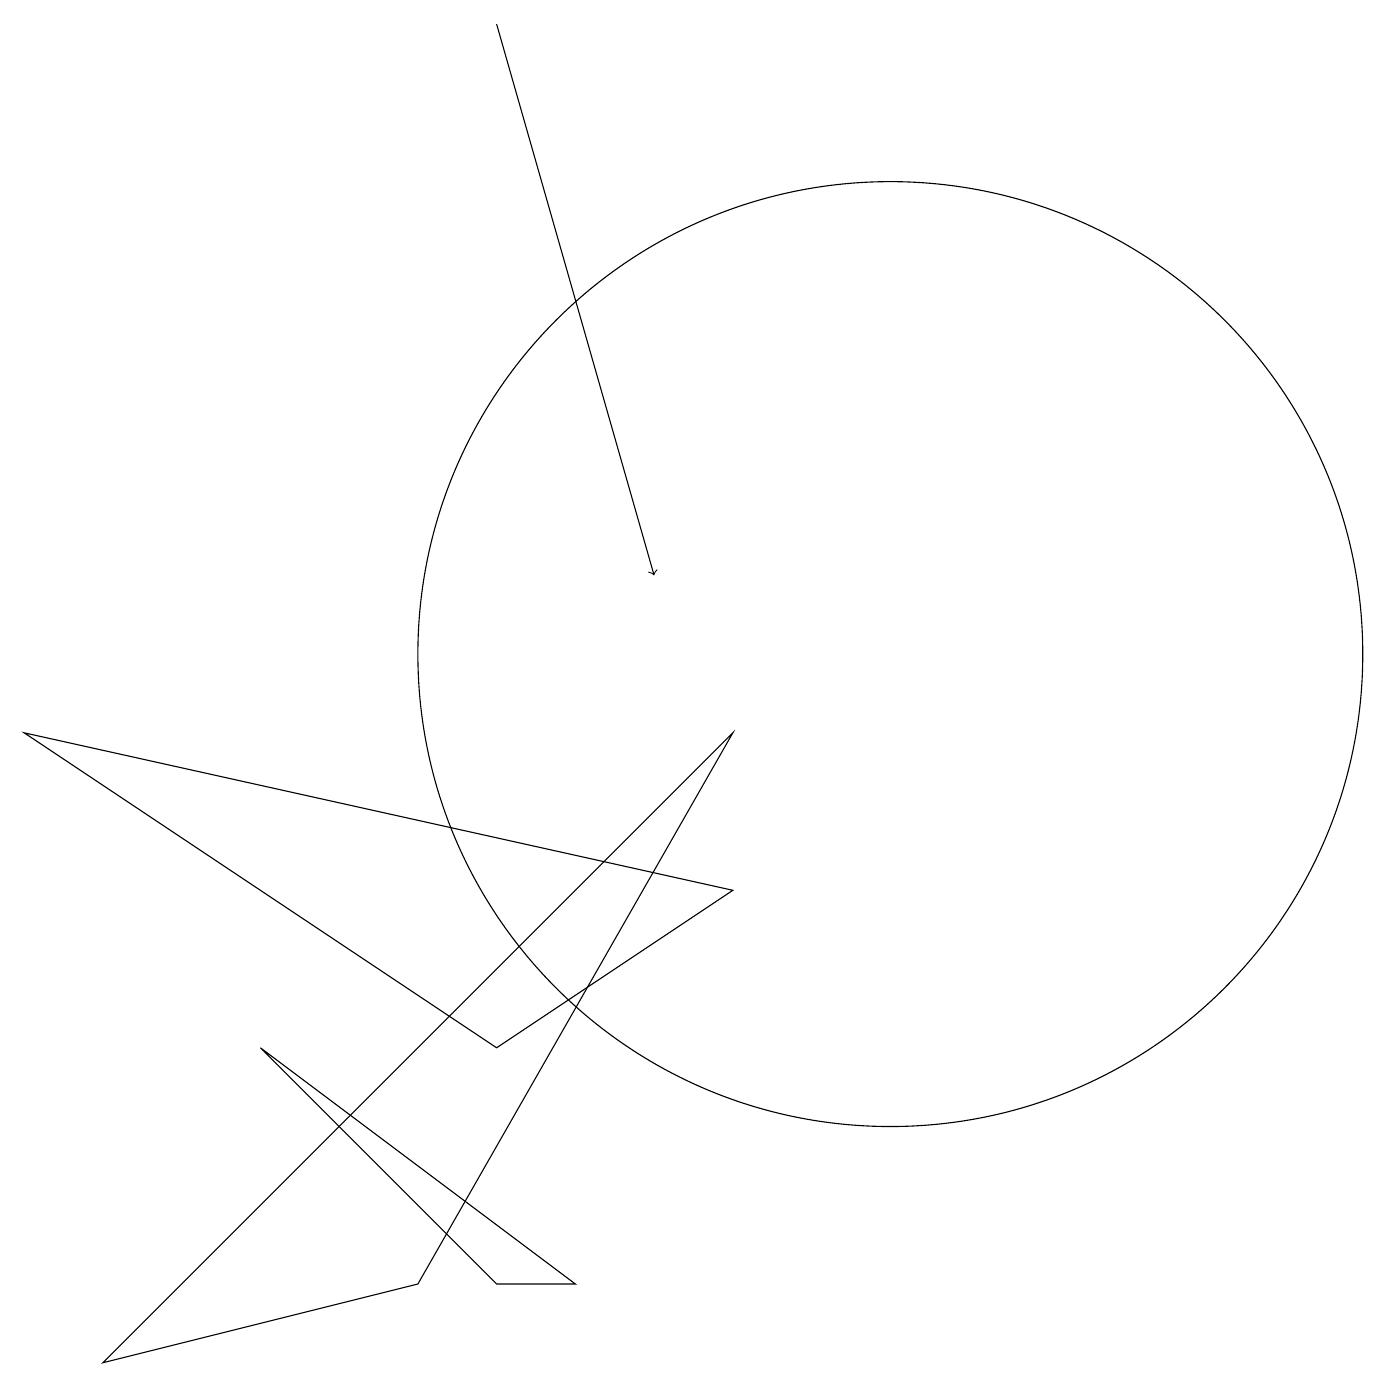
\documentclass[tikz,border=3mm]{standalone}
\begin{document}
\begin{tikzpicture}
\draw (3,5) -- (6,2) -- (7,2) -- cycle;
\draw (11,10) circle (6);
\draw (9,7) -- (0,9) -- (6,5) -- cycle;
\draw (5,2) -- (1,1) -- (9,9) -- cycle;
\draw[->] (6,18) -- (8,11);
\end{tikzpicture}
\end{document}